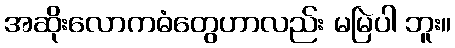
အဆိုးလောကဓံတွေဟာလည်း မမြဲပါ ဘူး။